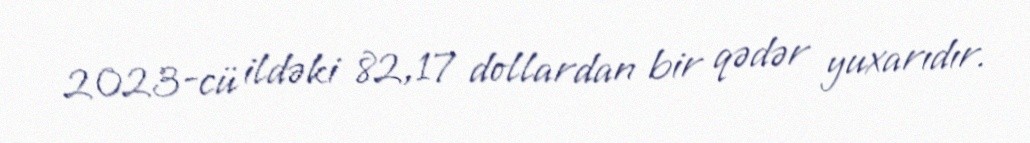
2023-cü ildəki 82,17 dollardan bir qədər yuxarıdır.